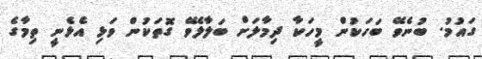
ގައުމު. ބުނެވޭ ބަހަކުން މީހަކާ ދިމާލަށް ބަލާލެވޭ ގޮތަކުން ވަޅި އެޅެނީ ތިމާގެ